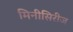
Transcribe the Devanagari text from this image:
मिनीसिरीज